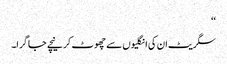
‘‘
سگریٹ ان کی انگلیوں سے چھوٹ کر نیچے جا گرا۔